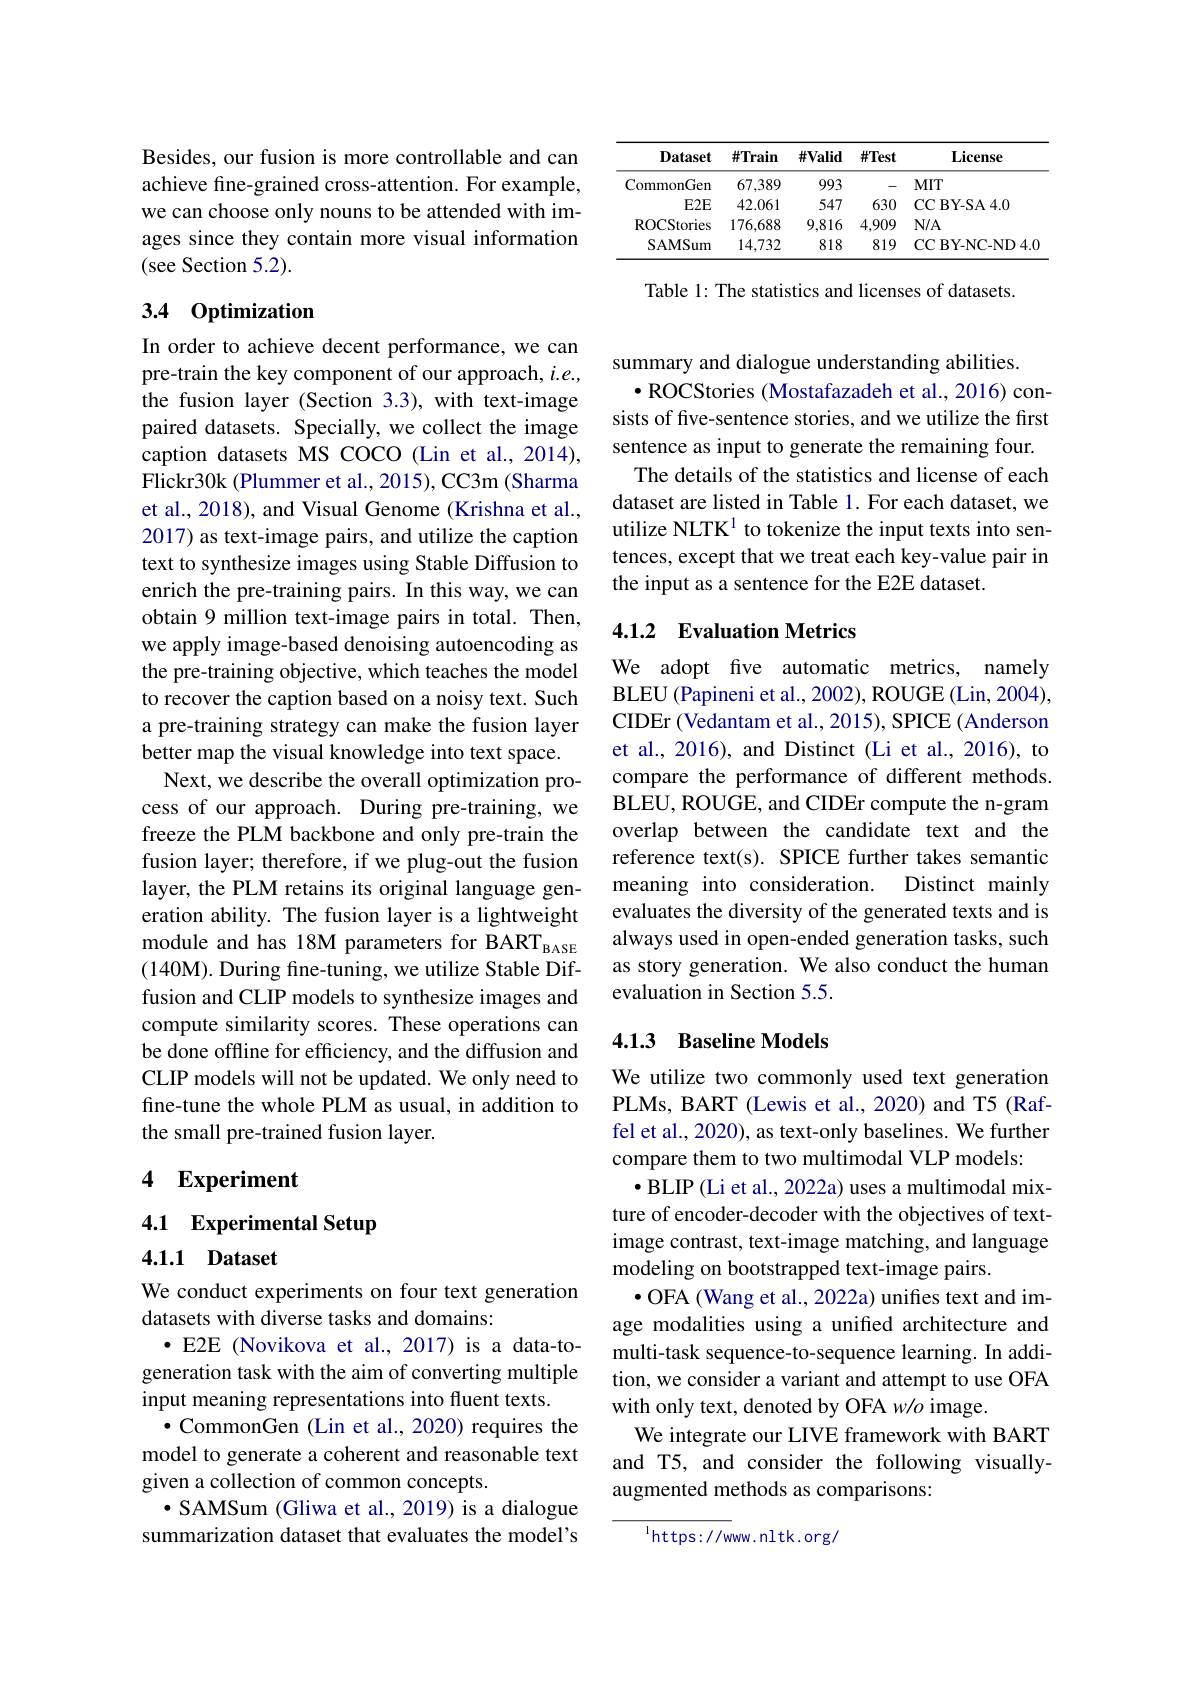
Besides, our fusion is more controllable and can achieve fine-grained cross-attention. For example, we can choose only nouns to be attended with images since they contain more visual information (see Section 5.2).

## 3.4 0ptimization

In order to achieve decent performance, we can pre-train the key component of our approach, $i.e.$, the fusion layer (Section 3.3), with text-image paired datasets. Specially, we collect the image caption datasets MS COCO (Lin et al.,2014), Flickr30k (Plummer et al., 2015), CC3m (Sharma et al., 2018), and Visual Genome (Krishna et al., 2017) as text-image pairs, and utilize the caption text to synthesize images using Stable Diffusion to enrich the pre-training pairs. In this way, we can obtain 9 million text-image pairs in total. Then, we apply image-based denoising autoencoding as the pre-training objective, which teaches the model to recover the caption based on a noisy text. Such a pre-training strategy can make the fusion layer better map the visual knowledge into text space. Next, we describe the overall optimization process of our approach. During pre-training, we freeze the PLM backbone and only pre-train the fusion layer; therefore, if we plug-out the fusion layer, the PLM retains its original language generation ability. The fusion layer is a lightweight module and has 18M parameters for BART$_\mathrm{BASE}$ (140M). During fine-tuning, we utilize Stable Diffusion and CLIP models to synthesize images and compute similarity scores. These operations can be done offline for efficiency, and the diffusion and CLIP models will not be updated. We only need to fine-tune the whole PLM as usual, in addition to the small pre-trained fusion layer.

## 4 Experiment

4.1 Experimental Setup

4.1.1 Dataset

We conduct experiments on four text generation
datasets with diverse tasks and domains:
·E2E (Novikova et al., 2017) is a data-togeneration task with the aim of converting multiple input meaning representations into fluent texts.
$\bullet$ CommonGen (Lin et al., 2020) requires the model to generate a coherent and reasonable text given a collection of common concepts.
$\bullet$ SAMSum (Gliwa et al., 2019) is a dialogue summarization dataset that evaluates the model's

<table>
	<tbody>
		<tr>
			<th>Dataset</th>
			<th>$\#Train$</th>
			<th>$\#\mathbf{Valid}$</th>
			<th>$\#Test$</th>
			<th>$\mathbf{License}$</th>
		</tr>
		<tr>
			<td>CommonGen</td>
			<td>67,389</td>
			<td>993</td>
			<td> </td>
			<td>$MIT$</td>
		</tr>
		<tr>
			<td>$E2E$</td>
			<td>42.061</td>
			<td>547</td>
			<td>630</td>
			<td>CCBY- SA4. 0</td>
		</tr>
		<tr>
			<td>ROCStories</td>
			<td>176,688</td>
			<td>9,816</td>
			<td>4,909</td>
			<td>$N/A$</td>
		</tr>
		<tr>
			<td>SAMSum</td>
			<td>14,732</td>
			<td>818</td>
			<td>819</td>
			<td>CCBY- NC- ND4. 0</td>
		</tr>
	</tbody>
</table>

Table 1: The statistics and licenses of datasets.

summary and dialogue understanding abilities.
$\bullet$ROCStories (Mostafazadeh et al., 2016) consists of five-sentence stories, and we utilize the first sentence as input to generate the remaining four.
The details of the statistics and license of each dataset are listed in Table 1. For each dataset, we utilize NLTK$^{1}$ to tokenize the input texts into sentences, except that we treat each key-value pair in the input as a sentence for the E2E dataset.

### 4.1.2 Evaluation Metrics

We adopt five automatic metrics, namely BLEU ( Papineni et al. , 2002) , ROUGE ( Lin, 2004) , CIDEr (Vedantam et al., 2015), SPICE (Anderson et al., 2016), and Distinct (Li et al., 2016), to compare the performance of different methods. BLEU, ROUGE, and CIDEr compute the n-gram overlap between the candidate text and the reference text(s). SPICE further takes semantic
Distinct mainly
meaning into consideration.
evaluates the diversity of the generated texts and is always used in open-ended generation tasks, such as story generation. We also conduct the human evaluation in Section 5.5.

### 4.1.3 Baseline Models

We utilize two commonly used text generation PLMs, BART (Lewis et al., 2020) and T5 (Raffel et al., 2020), as text-only baselines. We further compare them to two multimodal VLP models:
$•$ BLIP (Li et al., 2022a) uses a multimodal mixture of encoder-decoder with the objectives of textimage contrast, text-image matching, and language modeling on bootstrapped text-image pairs.
$\bullet$ OFA (Wang et al., 2022a) unifies text and image modalities using a unified architecture and multi-task sequence-to-sequence learning. In addition, we consider a variant and attempt to use OFA with only text, denoted by OFA w/o image.
We integrate our LIVE framework with BART and T5, and consider the following visuallyaugmented methods as comparisons:

$^{1}$https://www.nltk.org/